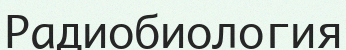
Радиобиология